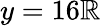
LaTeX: y=16\mathbb{R}